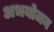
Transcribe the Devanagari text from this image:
अभयोजन